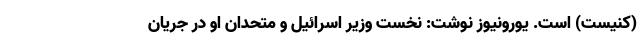
(کنیست) است. یورونیوز نوشت: نخست وزیر اسرائیل و متحدان او در جریان